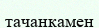
тачанкамен